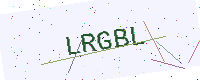
Text: LRGBL